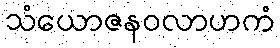
သံယောဇနဝလာဟကံ